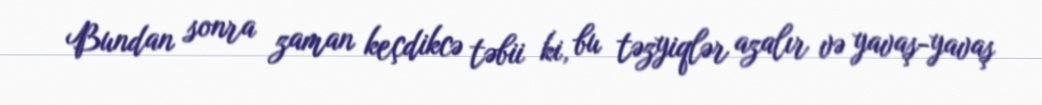
Bundan sonra zaman keçdikcə təbii ki, bu təzyiqlər azalır və yavaş-yavaş